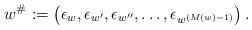
LaTeX: \begin{align*}w^\# := \big(\epsilon_w, \epsilon_{w'}, \epsilon_{w''}, \dots , \epsilon_{w^{(M(w)-1)}}\big)\,.\end{align*}